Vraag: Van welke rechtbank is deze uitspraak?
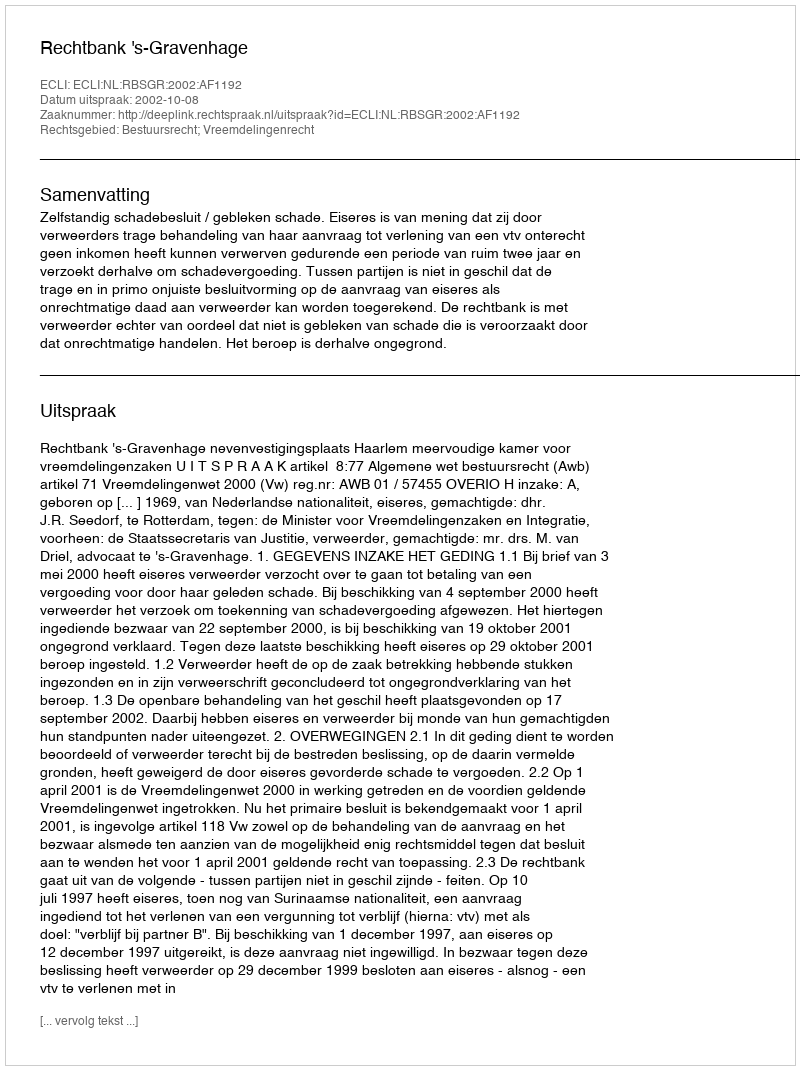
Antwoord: Rechtbank 's-Gravenhage